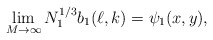
\begin{align*}\lim_{M\to\infty} N_1^{1/3}b_1(\ell,k)=\psi_1(x,y),\end{align*}